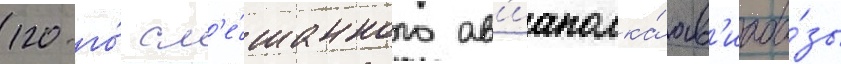
120-го́ см'е́шанного ав'иаполка́ ав'иаба́зы